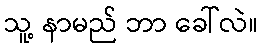
သူ့ နာမည် ဘာ ခေါ်လဲ။